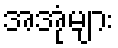
အအုံများ